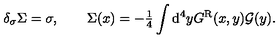
\delta _ { \sigma } \Sigma = \sigma , \qquad \Sigma ( x ) = - { \textstyle \frac { 1 } { 4 } } \int \mathrm { d } ^ { 4 } y G ^ { \mathrm { R } } ( x , y ) { \cal G } ( y ) .